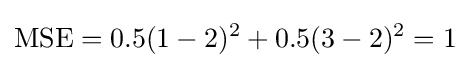
\operatorname {MSE} =0.5(1-2)^{2}+0.5(3-2)^{2}=1